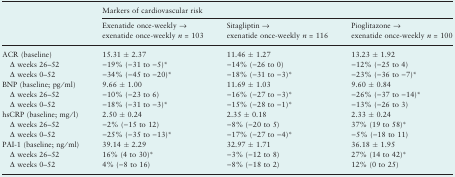
<table><thead><tr><td>[EMPTY_CELL]</td><td colspan="3"><b>Markers of cardiovascular risk</b></td></tr><tr><td>[EMPTY_CELL]</td><td><b>Exenatide once-weekly → exenatide once-weekly <i>n</i> = 103</b></td><td><b>Sitagliptin → exenatide once-weekly <i>n</i> = 116</b></td><td><b>Pioglitazone → exenatide once-weekly <i>n</i> = 100</b></td></tr></thead><tbody><tr><td>ACR (baseline)</td><td>15.31 ± 2.37</td><td>11.46 ± 1.27</td><td>13.23 ± 1.92</td></tr><tr><td> Δ weeks 26–52</td><td>−19% (−31 to −5)*</td><td>−14% (−26 to 0)</td><td>−12% (−25 to 4)</td></tr><tr><td> Δ weeks 0–52</td><td>−34% (−45 to −20)*</td><td>−18% (−31 to −3)*</td><td>−23% (−36 to −7)*</td></tr><tr><td>BNP (baseline; pg/ml)</td><td>9.66 ± 1.00</td><td>11.69 ± 1.03</td><td>9.60 ± 0.84</td></tr><tr><td> Δ weeks 26–52</td><td>−10% (−23 to 6)</td><td>−16% (−27 to −3)*</td><td>−26% (−37 to −14)*</td></tr><tr><td> Δ weeks 0–52</td><td>−18% (−31 to −3)*</td><td>−15% (−28 to −1)*</td><td>−13% (−26 to 3)</td></tr><tr><td>hsCRP (baseline; mg/l)</td><td>2.50 ± 0.24</td><td>2.35 ± 0.18</td><td>2.33 ± 0.24</td></tr><tr><td> Δ weeks 26–52</td><td>−2% (−15 to 12)</td><td>−8% (−20 to 5)</td><td>37% (19 to 58)*</td></tr><tr><td> Δ weeks 0–52</td><td>−25% (−35 to −13)*</td><td>−17% (−27 to −4)*</td><td>−5% (−18 to 11)</td></tr><tr><td>PAI-1 (baseline; ng/ml)</td><td>39.14 ± 2.29</td><td>32.97 ± 1.71</td><td>36.18 ± 1.95</td></tr><tr><td> Δ weeks 26–52</td><td>16% (4 to 30)*</td><td>−3% (−12 to 8)</td><td>27% (14 to 42)*</td></tr><tr><td> Δ weeks 0–52</td><td>4% (−8 to 16)</td><td>−8% (−18 to 2)</td><td>12% (0 to 25)</td></tr></tbody></table>